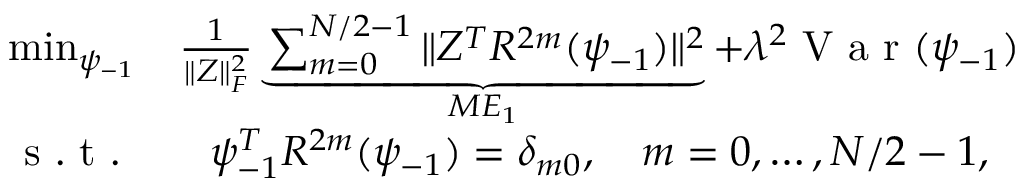
\begin{array} { c c } { \operatorname* { m i n } _ { \psi _ { - 1 } } } & { \frac { 1 } { \| Z \| _ { F } ^ { 2 } } \underbrace { \sum _ { m = 0 } ^ { N / 2 - 1 } \| Z ^ { T } R ^ { 2 m } ( \psi _ { - 1 } ) \| ^ { 2 } } _ { M E _ { 1 } } + \lambda ^ { 2 } \mathrm { ~ V ~ a ~ r ~ } ( \psi _ { - 1 } ) } \\ { \mathrm { ~ s ~ . ~ t ~ . ~ } } & { \psi _ { - 1 } ^ { T } R ^ { 2 m } ( \psi _ { - 1 } ) = \delta _ { m 0 } , \quad m = 0 , \hdots , N / 2 - 1 , } \end{array}